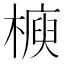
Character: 𣚲